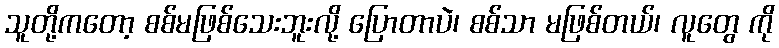
သူတို့ကတော့ စစ်မဖြစ်သေးဘူးလို့ ပြောတာပဲ၊ စစ်သာ မဖြစ်တယ်၊ လူတွေ ကို